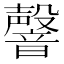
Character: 韾